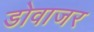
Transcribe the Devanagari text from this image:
डोवाजर